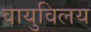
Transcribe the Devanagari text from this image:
वायुविलय